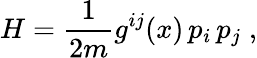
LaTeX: H=\frac{1}{2m}g^{ij}(x)\, p_{i}\, p_{j}\; ,